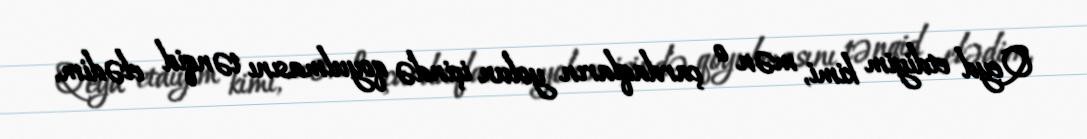
Qeyd etdiyim kimi, mən o çardaqların yolun içində qoyulmasını tənqid elədim,